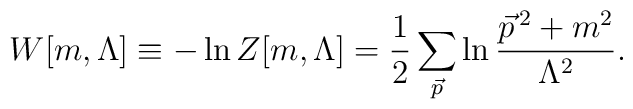
W[m,\Lambda] \equiv -\ln Z[m,\Lambda] ={1\over2}\sum_{{\vec p}}\ln{{{\vec p}}^{\,2}+m^2\over\Lambda^2}.